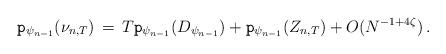
LaTeX: \begin{align*} \mathtt{p}_{\psi_{n-1}}(\nu_{n,T})\, =\, T \mathtt{p}_{\psi_{n-1}}(D_{\psi_{n-1}})+ \mathtt{p}_{\psi_{n-1}}(Z_{n,T}) +O(N^{-1+4\zeta})\, .\end{align*}